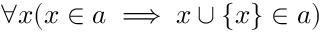
\forall x ( x \in a \implies x \cup \{ x \} \in a )